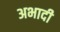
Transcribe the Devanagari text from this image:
अभादी